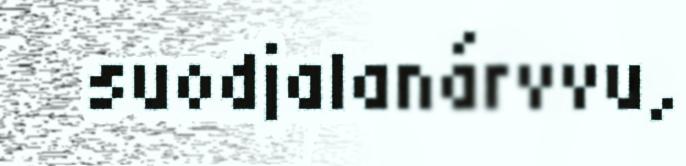
suodjalanárvvu,